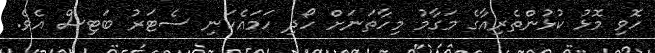
ހޮވި މޮޅު ކުޅުންތެރިއާގެ މަގާމު މިހާތަނަށް ހޯދި ހަމައެކަނި ސެޓަރު ބަޓިސް އެވެ.